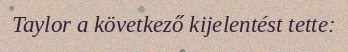
Taylor a következő kijelentést tette: